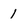
Character: I